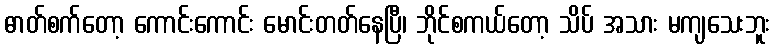
ဓာတ်စက်တော့ ကောင်းကောင်း မောင်းတတ်နေပြီ၊ ဘိုင်စကယ်တော့ သိပ် အသား မကျသေးဘူး